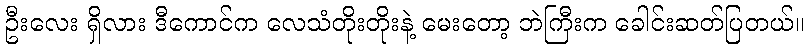
ဦးလေး ရှိလား ဒီကောင်က လေသံတိုးတိုးနဲ့ မေးတော့ ဘဲကြီးက ခေါင်းဆတ်ပြတယ်။